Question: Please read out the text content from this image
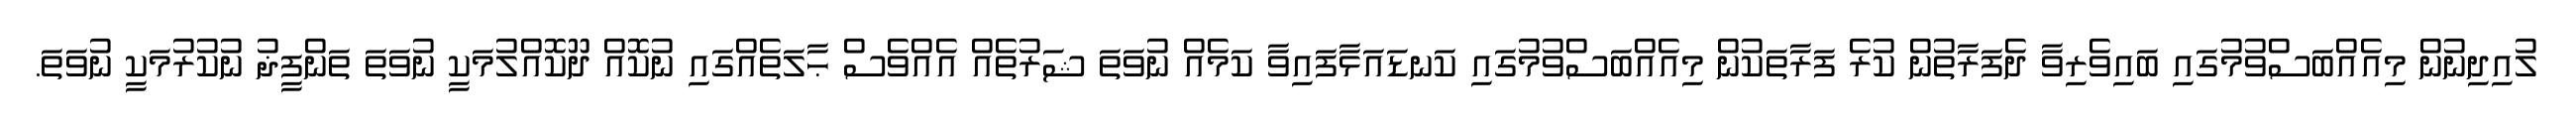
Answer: ލުއިދިނުން މިއެއްބަސްވުމުގައި ބައިވެރިވާ ދެފަރާތުން ކުރެ ފަރާތަކުން މިއެއްބަސްވުމުގައި ކަނޑައަޅާފައިވާ ކަމެއް ނުވަތަ ޝަރުތެއް އެއްވެސް ޙާލަތެއްގައި ނުކޮއް ދޫކޮއްލުމަކީ ނުވަތަ ތަންފީޛު ނުކުރުމަކީ ނުވަތަ.